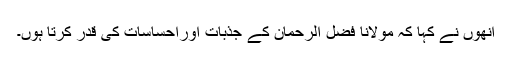
انھوں نے کہا کہ مولانا فضل الرحمان کے جذبات اوراحساسات کی قدر کرتا ہوں۔